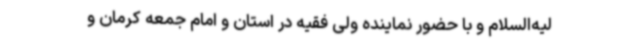
لیه‌السلام و با حضور نماینده ولی فقیه در استان و امام جمعه کرمان و